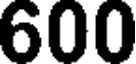
600